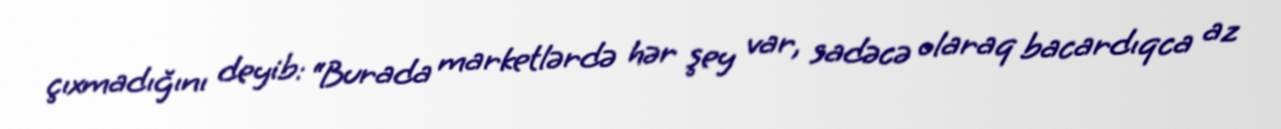
çıxmadığını deyib: “Burada marketlərdə hər şey var, sadəcə olaraq bacardıqca az